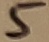
Text: 5